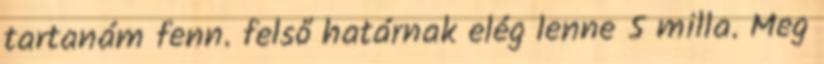
tartanám fenn. felső határnak elég lenne 5 milla. Meg